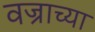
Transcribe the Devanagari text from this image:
वज्राच्या